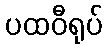
ပထဝီရုပ်